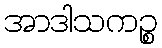
အာဒါသကဉ္စ